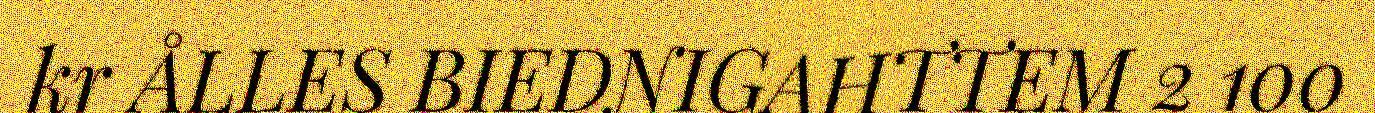
kr ÅLLES BIEDNIGAHTTEM 2 100